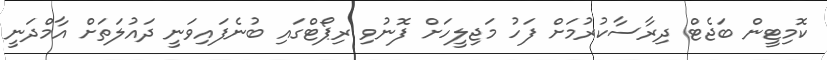
ކޮމިޓީން ބަޖެޓް ދިރާސާކުރުމަށް ފަހު މަޖިލީހަށް ފޮނުވި ރިޕޯޓްގައި ބުނެފައިވަނީ ދައުލަތަށް އާމްދަނީ